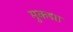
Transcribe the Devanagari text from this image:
मुकद्मा